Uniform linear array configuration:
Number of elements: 8
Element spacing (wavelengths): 1
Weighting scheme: hamming
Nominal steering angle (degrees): -60
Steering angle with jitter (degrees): -60.367
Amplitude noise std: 0.05
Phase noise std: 0.05

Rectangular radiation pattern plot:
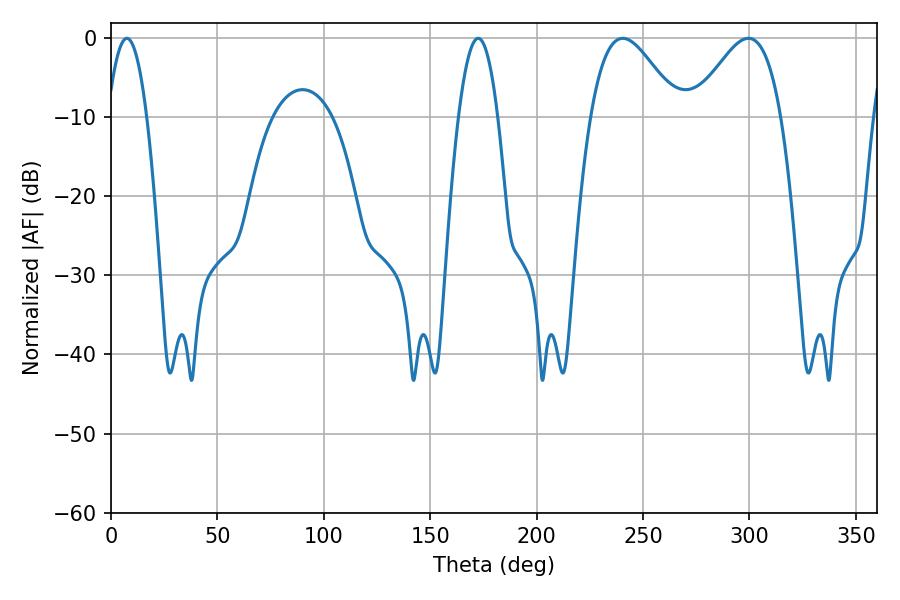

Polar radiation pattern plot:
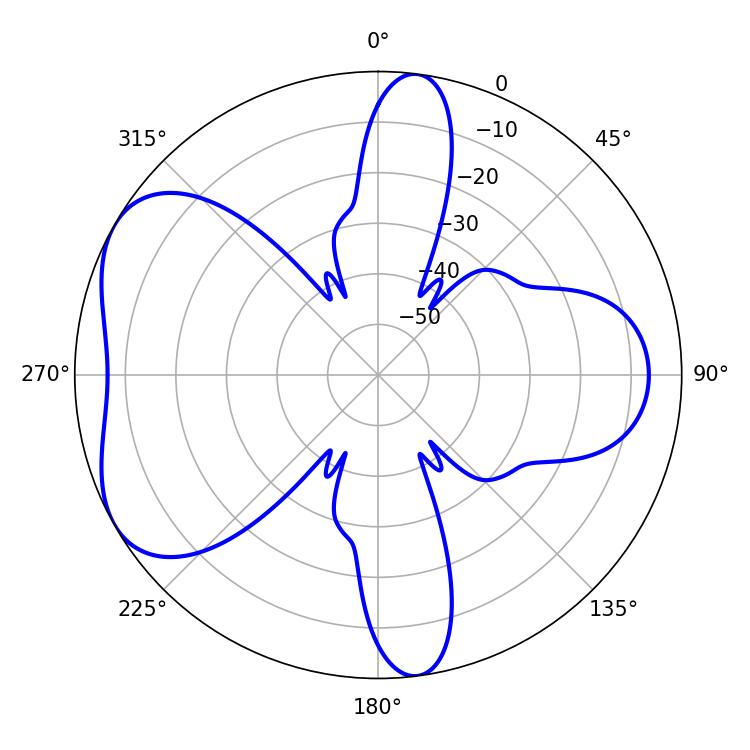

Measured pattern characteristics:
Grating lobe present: TRUE
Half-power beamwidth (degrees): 21.96
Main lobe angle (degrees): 299.52